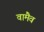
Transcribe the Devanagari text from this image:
वामैव